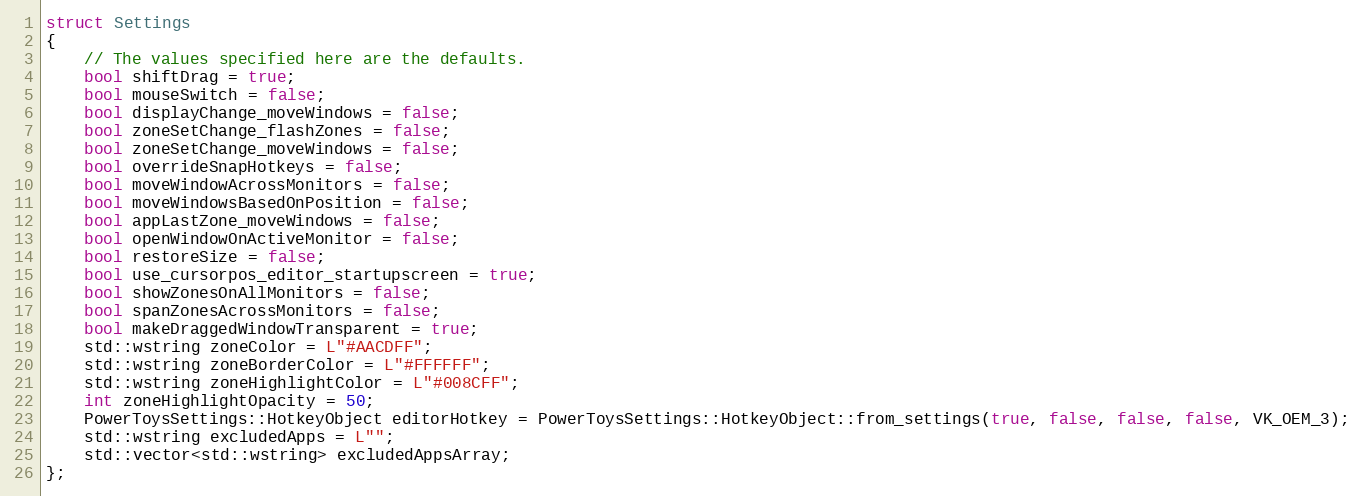
Language: C
struct Settings
{
    // The values specified here are the defaults.
    bool shiftDrag = true;
    bool mouseSwitch = false;
    bool displayChange_moveWindows = false;
    bool zoneSetChange_flashZones = false;
    bool zoneSetChange_moveWindows = false;
    bool overrideSnapHotkeys = false;
    bool moveWindowAcrossMonitors = false;
    bool moveWindowsBasedOnPosition = false;
    bool appLastZone_moveWindows = false;
    bool openWindowOnActiveMonitor = false;
    bool restoreSize = false;
    bool use_cursorpos_editor_startupscreen = true;
    bool showZonesOnAllMonitors = false;
    bool spanZonesAcrossMonitors = false;
    bool makeDraggedWindowTransparent = true;
    std::wstring zoneColor = L"#AACDFF";
    std::wstring zoneBorderColor = L"#FFFFFF";
    std::wstring zoneHighlightColor = L"#008CFF";
    int zoneHighlightOpacity = 50;
    PowerToysSettings::HotkeyObject editorHotkey = PowerToysSettings::HotkeyObject::from_settings(true, false, false, false, VK_OEM_3);
    std::wstring excludedApps = L"";
    std::vector<std::wstring> excludedAppsArray;
};